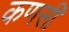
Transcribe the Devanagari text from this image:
कणसी